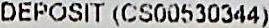
DEPOSIT (CS00530344)